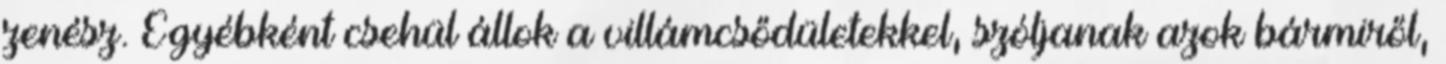
zenész. Egyébként csehül állok a villámcsődületekkel, szóljanak azok bármiről,